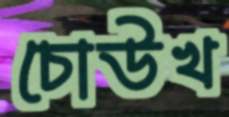
চোউখ